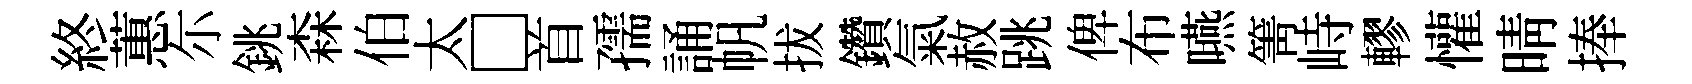
終蕙尓銚森伯太□首孺誦帆拔鑽氣赦跳俾布嚥箐峙轇懽晴捧